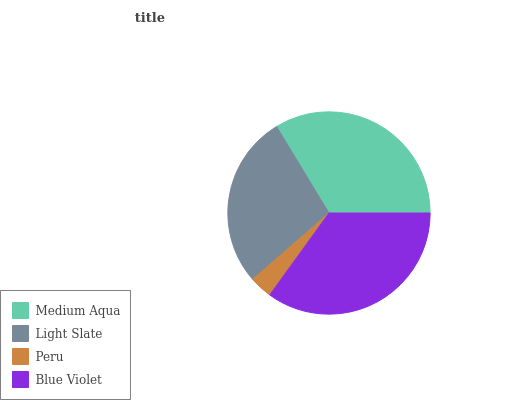
| Medium Aqua | Light Slate | Peru | Blue Violet |
 | --- | --- | --- | --- |
 | 33.7% | 27.7% | 3.64% | 35% |